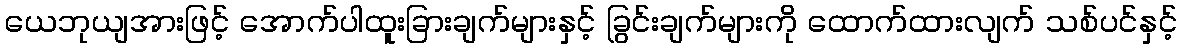
ယေဘုယျအားဖြင့် အောက်ပါထူးခြားချက်များနှင့် ခြွင်းချက်များကို ထောက်ထားလျက် သစ်ပင်နှင့်